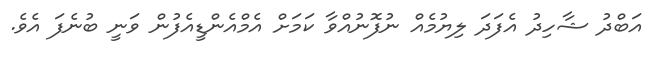
އަބްދު ޝާހިދު އެފަދަ ލިޔުމެއް ނުފޮނުއްވާ ކަމަށް އެމްއެންޑީއެފުން ވަނީ ބުނެފަ އެވެ.